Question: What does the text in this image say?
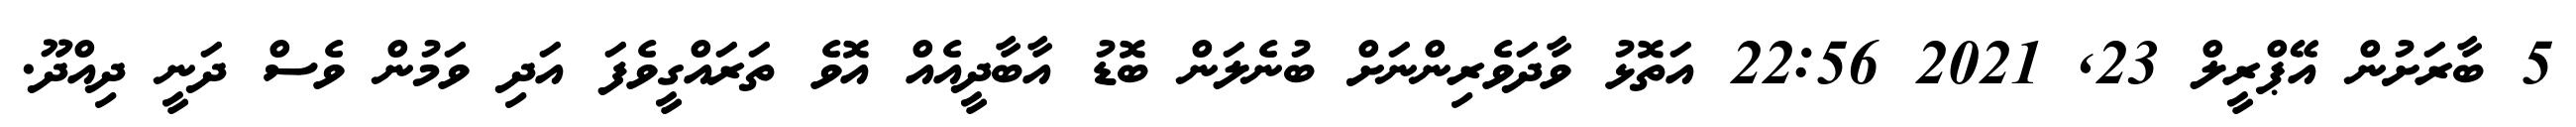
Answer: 5 ބާރަށުން އޭޕްރީލް 23, 2021 22:56 އަތޮޅު ވާދަވެރިންނަށް ބުނެލަން ބޮޑު އާބާދީއެއް އޮވެ ތަރައްގީވެފަ އަދި ވަމުން ވެސް ދަނީ ދިއްދޫ.